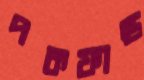
পকফান্ড